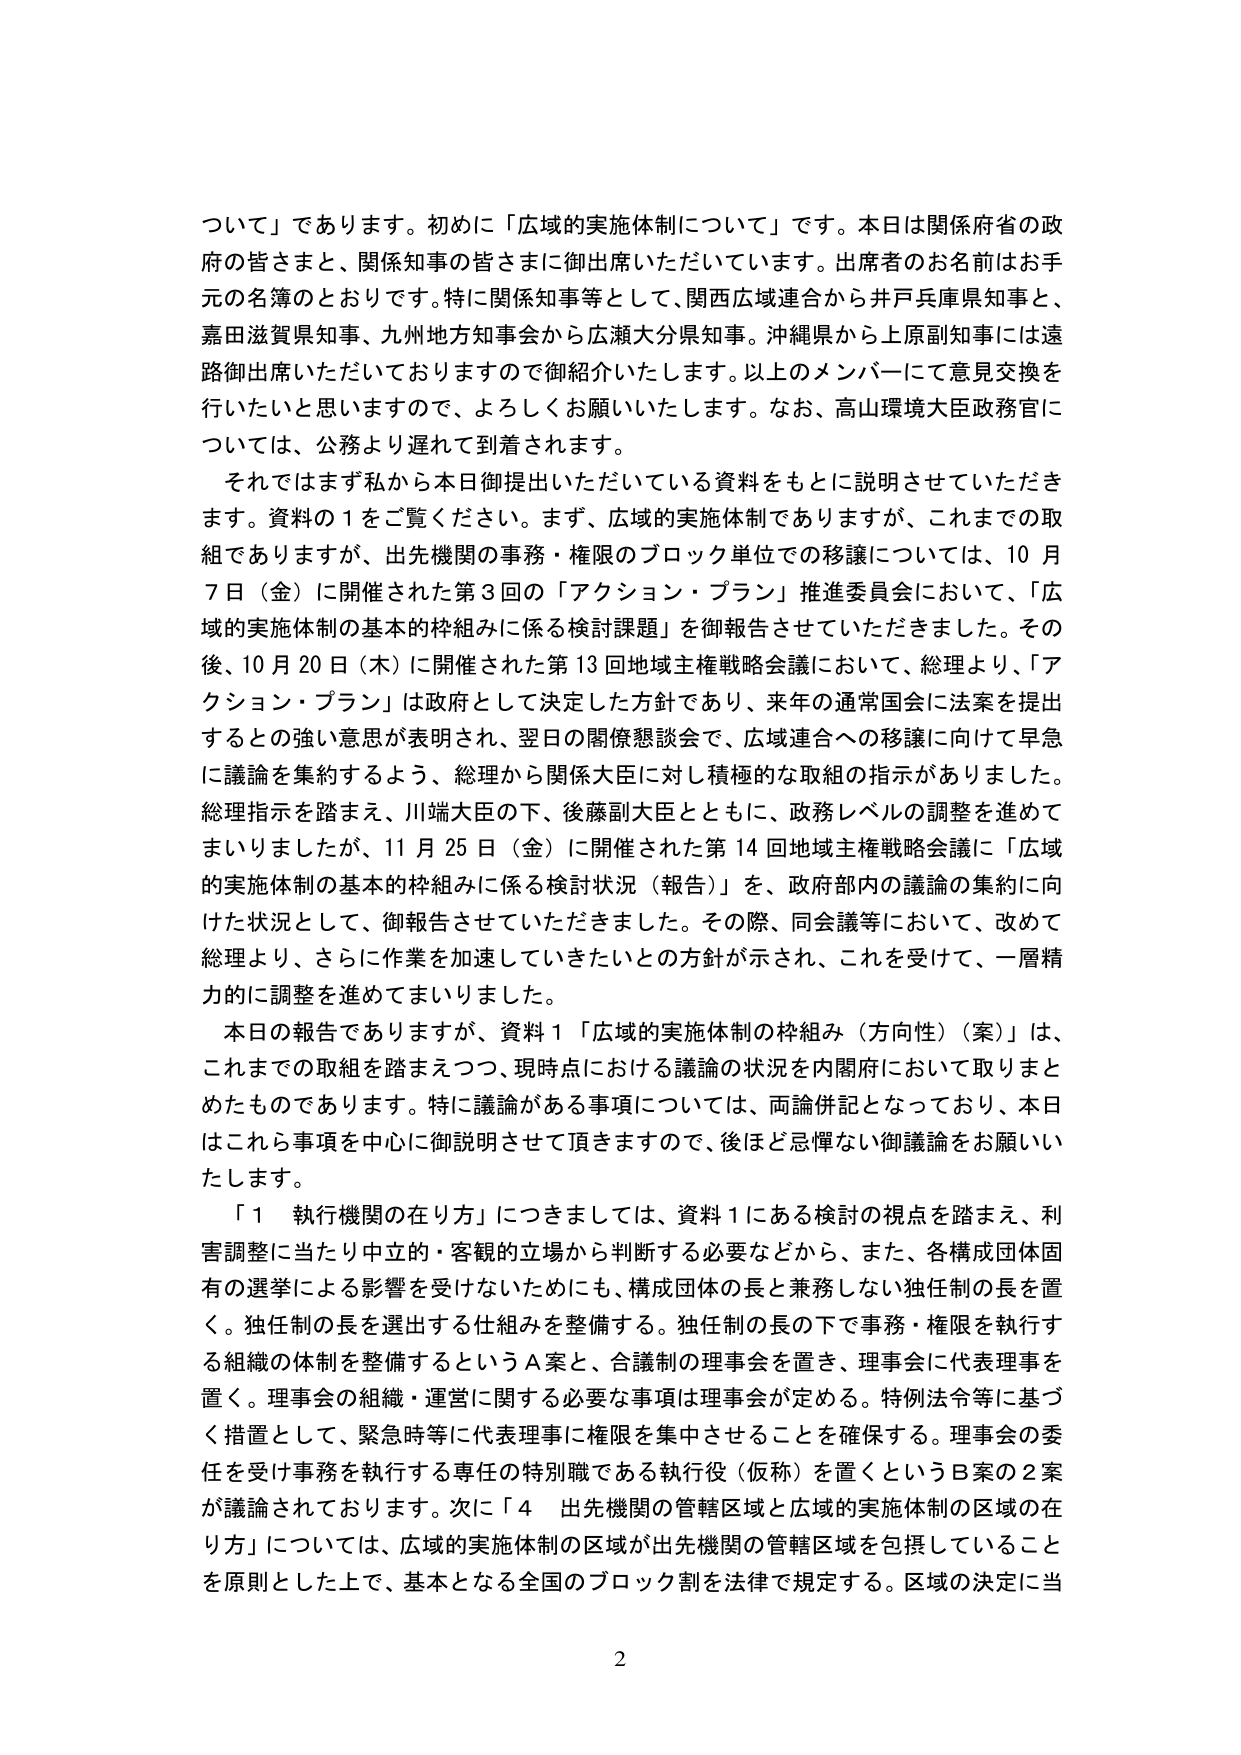
ついて」であります。初めに「広域的実施体制について」です。本日は関係府省の政府の皆さまと、関係知事の皆さまに御出席いただいています。出席者のお名前はお手元の名簿のとおりです。特に関係知事等として、関西広域連合から井戸兵庫県知事と、嘉田滋賀県知事、九州地方知事会から広瀬大分県知事。沖縄県から上原副知事には遠路御出席いただいておりますので御紹介いたします。以上のメンバーにて意見交換を行いたいと思いますので、よろしくお願いいたします。なお、高山環境大臣政務官については、公務より遅れて到着されます。

それではまず私から本日御提出いただいている資料をもとに説明させていただきます。資料の１をご覧ください。まず、広域的実施体制でありますが、これまでの取組でありますが、出先機関の事務・権限のブロック単位での移譲については、10月7日（金）に開催された第3回の「アクション・プラン」推進委員会において、「広域的実施体制の基本的枠組みに係る検討課題」を御報告させていただきました。その後、10月20日（木）に開催された第13回地域主権戦略会議において、総理より、「アクション・プラン」は政府として決定した方針であり、来年の通常国会に法案を提出するとの強い意思が表明され、翌日の閣僚懇談会で、広域連合への移譲に向けて早急に議論を集約するよう、総理から関係大臣に対し積極的な取組の指示がありました。総理指示を踏まえ、川端大臣の下、後藤副大臣とともに、政務レベルの調整を進めてまいりましたが、11月25日（金）に開催された第14回地域主権戦略会議に「広域的実施体制の基本的枠組みに係る検討状況（報告）」を、政府部内の議論の集約に向けた状況として、御報告させていただきました。その際、同会議等において、改めて総理より、さらに作業を加速していきたいとの方針が示され、これを受け、一層精力的に調整を進めてまいりました。

本日の報告でありますが、資料１「広域的実施体制の枠組み（方向性）（案）」は、これまでの取組を踏まえつつ、現時点における議論の状況を内閣府において取りまとめたものであります。特に議論がある事項については、両論併記となっており、本日はこれら事項を中心に御説明させていただきますので、後ほど忌憚ない御議論をお願いいたします。

「１　執行機関の在り方」につきましては、資料１にある検討の視点を踏まえ、利害調整に当たり中立的・客観的立場から判断する必要などから、また、各構成団体固有の選挙による影響を受けないためにも、構成団体の長と兼務しない独任制の長を置く。独任制の長を選出する仕組みを整備する。独任制の長の下で事務・権限を執行する組織の体制を整備するというＡ案と、合議制の理事会を置き、理事会に代表理事を置く。理事会の組織・運営に関する必要な事項は理事会が定める。特例法令等に基づく措置として、緊急時等に代表理事に権限を集中させることを確保する。理事会の委任を受け事務を執行する専任の特別職である執行役（仮称）を置くというＢ案の２案が議論されております。次に「４　出先機関の管轄区域と広域的実施体制の区域の在り方」については、広域的実施体制の区域が出先機関の管轄区域を包括していることを原則とした上で、基本となる全国のブロック割を法律で規定する。区域の決定に当

2